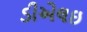
ડીએલઇ